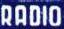
RADIO